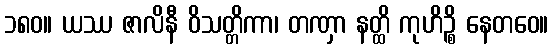
၁၈၀။ ယဿ ဇာလိနီ ဝိသတ္တိကာ၊ တဏှာ နတ္ထိ ကုဟိဉ္စိ နေတဝေ။